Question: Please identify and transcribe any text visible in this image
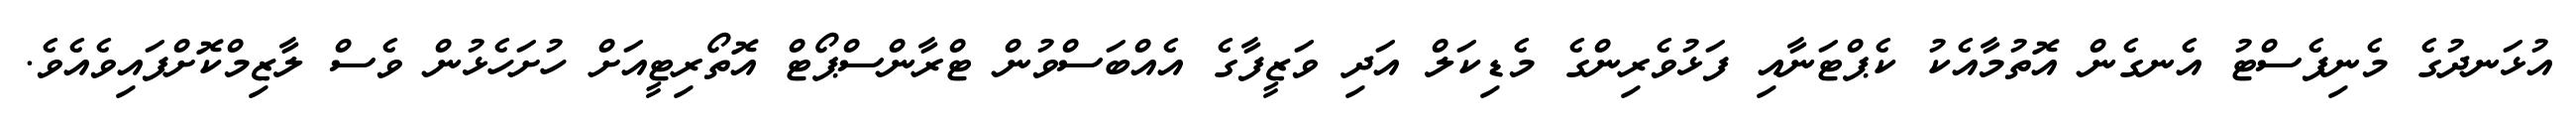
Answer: އުޅަނދުގެ މެނިފެސްޓު އެނގެން އޮތުމާއެކު ކެޕްޓަނާއި ފަޅުވެރިންގެ މެޑިކަލް އަދި ވަޒީފާގެ އެއްބަސްވުން ޓްރާންސްޕޯޓް އޮތޯރިޓީއަށް ހުށަހެޅުން ވެސް ލާޒިމްކޮށްފައިވެއެވެ.